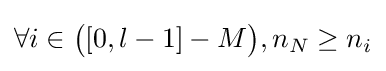
\forall i\in {\big (}[0,l-1]-M{\big )},n_{N}\geq n_{i}